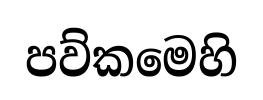
පව්කමෙහි